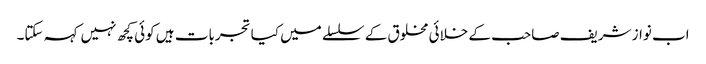
اب نواز شریف صاحب کے خلائی مخلوق کے سلسلے میں کیا تجربات ہیں کوئی کچھ نہیں کہہ سکتا۔